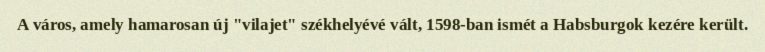
A város, amely hamarosan új "vilajet" székhelyévé vált, 1598-ban ismét a Habsburgok kezére került.